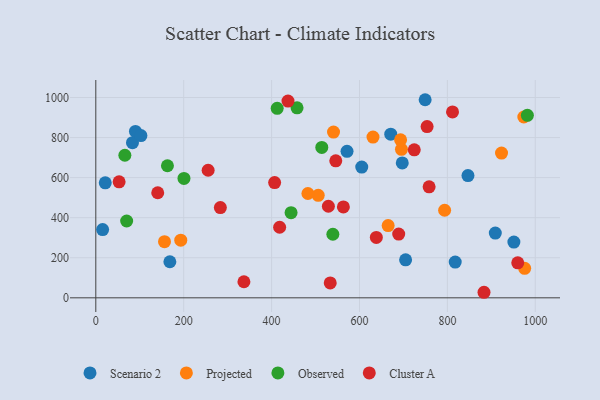
{"axis": {"x": "Ad Spend", "y": "Demand"}, "legend": ["Cluster A", "Observed", "Projected", "Scenario 2"], "data": [{"x": "697.3", "y": 673.7, "type": "Scenario 2"}, {"x": "83.4", "y": 774.6, "type": "Scenario 2"}, {"x": "846.8", "y": 610.1, "type": "Scenario 2"}, {"x": "571.6", "y": 731.3, "type": "Scenario 2"}, {"x": "909.0", "y": 323.1, "type": "Scenario 2"}, {"x": "817.8", "y": 178.5, "type": "Scenario 2"}, {"x": "749.4", "y": 989.0, "type": "Scenario 2"}, {"x": "90.2", "y": 830.9, "type": "Scenario 2"}, {"x": "671.1", "y": 817.0, "type": "Scenario 2"}, {"x": "15.5", "y": 340.6, "type": "Scenario 2"}, {"x": "704.9", "y": 189.5, "type": "Scenario 2"}, {"x": "951.3", "y": 278.1, "type": "Scenario 2"}, {"x": "168.5", "y": 180.0, "type": "Scenario 2"}, {"x": "102.6", "y": 809.9, "type": "Scenario 2"}, {"x": "605.1", "y": 652.8, "type": "Scenario 2"}, {"x": "21.5", "y": 574.1, "type": "Scenario 2"}, {"x": "506.1", "y": 511.9, "type": "Projected"}, {"x": "695.5", "y": 741.2, "type": "Projected"}, {"x": "973.9", "y": 902.7, "type": "Projected"}, {"x": "793.7", "y": 437.1, "type": "Projected"}, {"x": "630.7", "y": 802.5, "type": "Projected"}, {"x": "156.3", "y": 280.3, "type": "Projected"}, {"x": "193.3", "y": 287.8, "type": "Projected"}, {"x": "975.8", "y": 147.4, "type": "Projected"}, {"x": "482.6", "y": 520.8, "type": "Projected"}, {"x": "923.2", "y": 722.6, "type": "Projected"}, {"x": "540.9", "y": 827.4, "type": "Projected"}, {"x": "693.5", "y": 788.7, "type": "Projected"}, {"x": "665.2", "y": 360.8, "type": "Projected"}, {"x": "66.1", "y": 711.8, "type": "Observed"}, {"x": "514.2", "y": 750.8, "type": "Observed"}, {"x": "412.7", "y": 946.0, "type": "Observed"}, {"x": "539.4", "y": 317.5, "type": "Observed"}, {"x": "444.3", "y": 425.0, "type": "Observed"}, {"x": "982.0", "y": 911.3, "type": "Observed"}, {"x": "70.2", "y": 383.5, "type": "Observed"}, {"x": "457.9", "y": 948.6, "type": "Observed"}, {"x": "163.0", "y": 659.4, "type": "Observed"}, {"x": "200.6", "y": 596.2, "type": "Observed"}, {"x": "563.3", "y": 454.0, "type": "Cluster A"}, {"x": "724.6", "y": 739.1, "type": "Cluster A"}, {"x": "283.4", "y": 450.5, "type": "Cluster A"}, {"x": "53.0", "y": 579.1, "type": "Cluster A"}, {"x": "255.6", "y": 636.9, "type": "Cluster A"}, {"x": "638.3", "y": 301.6, "type": "Cluster A"}, {"x": "753.8", "y": 855.2, "type": "Cluster A"}, {"x": "529.2", "y": 457.1, "type": "Cluster A"}, {"x": "883.3", "y": 27.7, "type": "Cluster A"}, {"x": "406.9", "y": 575.4, "type": "Cluster A"}, {"x": "960.1", "y": 174.6, "type": "Cluster A"}, {"x": "418.3", "y": 352.3, "type": "Cluster A"}, {"x": "758.4", "y": 554.3, "type": "Cluster A"}, {"x": "533.4", "y": 74.3, "type": "Cluster A"}, {"x": "140.9", "y": 524.5, "type": "Cluster A"}, {"x": "546.0", "y": 683.9, "type": "Cluster A"}, {"x": "811.7", "y": 928.1, "type": "Cluster A"}, {"x": "337.0", "y": 80.2, "type": "Cluster A"}, {"x": "689.2", "y": 318.5, "type": "Cluster A"}, {"x": "437.3", "y": 982.5, "type": "Cluster A"}]}